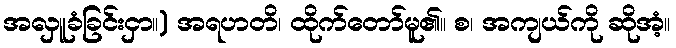
အလှူခံခြင်းငှာ။) အရဟတိ၊ ထိုက်တော်မူ၏။ စ၊ အကျယ်ကို ဆိုအံ့။